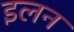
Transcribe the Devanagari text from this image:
इलन